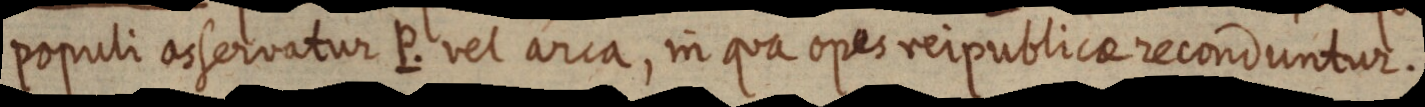
populi asservatur P. vel arca, in qua opes rei publicae reconduntur.